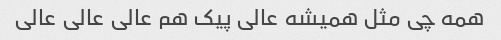
همه چی مثل همیشه عالی پیک هم عالی عالی عالی